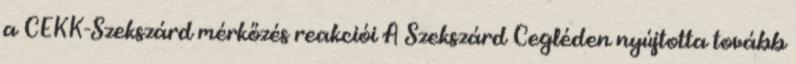
a CEKK-Szekszárd mérkőzés reakciói A Szekszárd Cegléden nyújtotta tovább